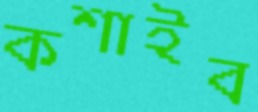
কশাইব